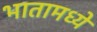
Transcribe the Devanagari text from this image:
भातामध्ये